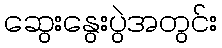
ဆွေးနွေးပွဲအတွင်း